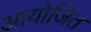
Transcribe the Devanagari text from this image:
आयोजित